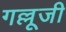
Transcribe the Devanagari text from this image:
गल्लूजी